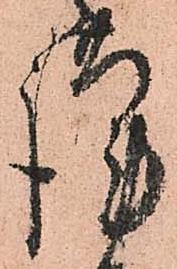
謹